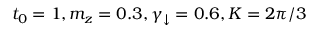
t _ { 0 } = 1 , m _ { z } = 0 . 3 , \gamma _ { \downarrow } = 0 . 6 , K = 2 \pi / 3